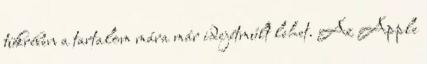
tükrében a tartalom mára már idejétmúlt lehet. Az Apple